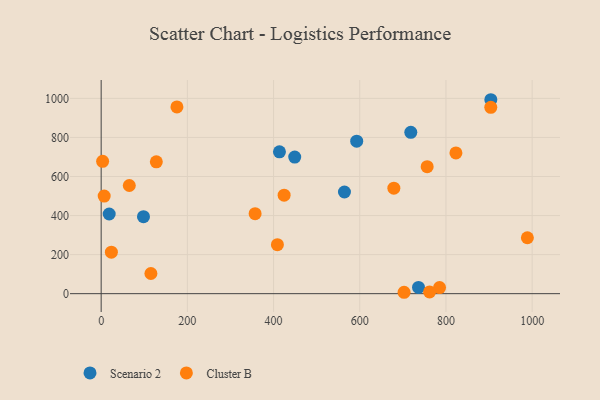
{"axis": {"x": "Distance", "y": "Rating"}, "legend": ["Cluster B", "Scenario 2"], "data": [{"x": "413.7", "y": 726.4, "type": "Scenario 2"}, {"x": "564.5", "y": 520.7, "type": "Scenario 2"}, {"x": "904.1", "y": 993.1, "type": "Scenario 2"}, {"x": "718.4", "y": 826.0, "type": "Scenario 2"}, {"x": "736.3", "y": 31.9, "type": "Scenario 2"}, {"x": "449.1", "y": 699.3, "type": "Scenario 2"}, {"x": "98.2", "y": 394.4, "type": "Scenario 2"}, {"x": "592.9", "y": 781.0, "type": "Scenario 2"}, {"x": "18.6", "y": 407.8, "type": "Scenario 2"}, {"x": "702.8", "y": 7.1, "type": "Cluster B"}, {"x": "756.4", "y": 650.4, "type": "Cluster B"}, {"x": "175.8", "y": 956.3, "type": "Cluster B"}, {"x": "988.9", "y": 286.3, "type": "Cluster B"}, {"x": "408.9", "y": 250.8, "type": "Cluster B"}, {"x": "424.5", "y": 504.2, "type": "Cluster B"}, {"x": "357.2", "y": 409.4, "type": "Cluster B"}, {"x": "3.4", "y": 677.9, "type": "Cluster B"}, {"x": "128.0", "y": 675.0, "type": "Cluster B"}, {"x": "785.1", "y": 31.0, "type": "Cluster B"}, {"x": "904.0", "y": 954.3, "type": "Cluster B"}, {"x": "115.4", "y": 103.3, "type": "Cluster B"}, {"x": "23.7", "y": 212.5, "type": "Cluster B"}, {"x": "679.1", "y": 540.2, "type": "Cluster B"}, {"x": "823.1", "y": 720.6, "type": "Cluster B"}, {"x": "762.0", "y": 8.8, "type": "Cluster B"}, {"x": "7.0", "y": 499.7, "type": "Cluster B"}, {"x": "65.3", "y": 553.8, "type": "Cluster B"}]}